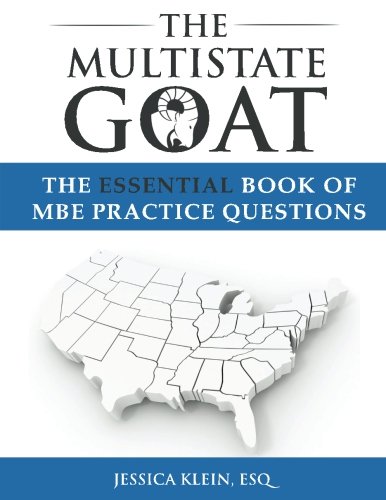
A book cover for The Multistate Goat: The Essential Book of MBE Practice Questions; Jessica Klein; Test Preparation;